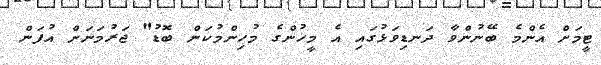
ޓީމަށް އެންމެ ބޭނުންވާ ދަނޑިވަޅުގައި އެ މީހުންގެ މުހިންމުކަން ބޮޑު" ޖަރުމަނަށް އުފަން